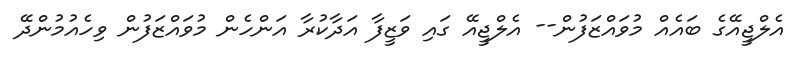
އެލްޖީއޭގެ ބައެއް މުވައްޒަފުން-- އެލްޖީއޭ ގައި ވަޒީފާ އަދާކުރާ އަންހެން މުވައްޒަފުން ވިހެއުމުންދޭ